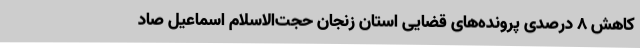
کاهش 8 درصدی پرونده‌های قضایی استان زنجان حجت‌الاسلام اسماعیل صاد